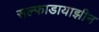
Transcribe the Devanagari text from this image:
सल्फाडायाझीन